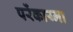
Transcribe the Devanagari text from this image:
परेंकाय्मा